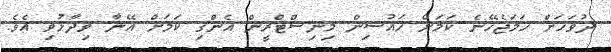
ދުވަހަށް ހަމަޖެހޭނެ ކަމަށް ހައުސިން މިނިސްޓްރީން އެންގި ކަމަށް އޭނާ ވިދާޅުވި އެވެ.